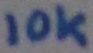
Text: 10K